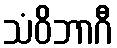
သံဝိဘာဂီ